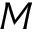
M